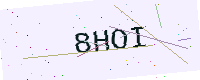
Text: 8HOI